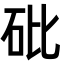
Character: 砒